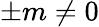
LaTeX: \pm m\neq 0